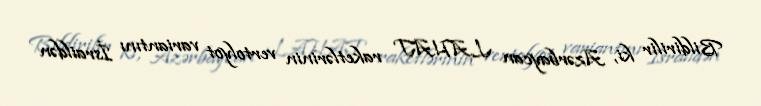
Bildirilir ki, Azərbaycan LAHAT raketlərinin vertolyot variantını İsraildən